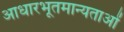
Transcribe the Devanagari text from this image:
आधारभूतमान्यताओं